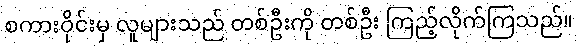
စကားဝိုင်းမှ လူများသည် တစ်ဦးကို တစ်ဦး ကြည့်လိုက်ကြသည်။